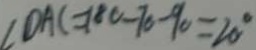
\angle D A C = 1 8 0 - 7 0 - 9 0 = 2 0 ^ { \circ }